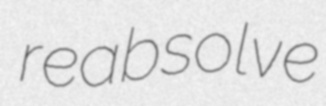
reabsolve